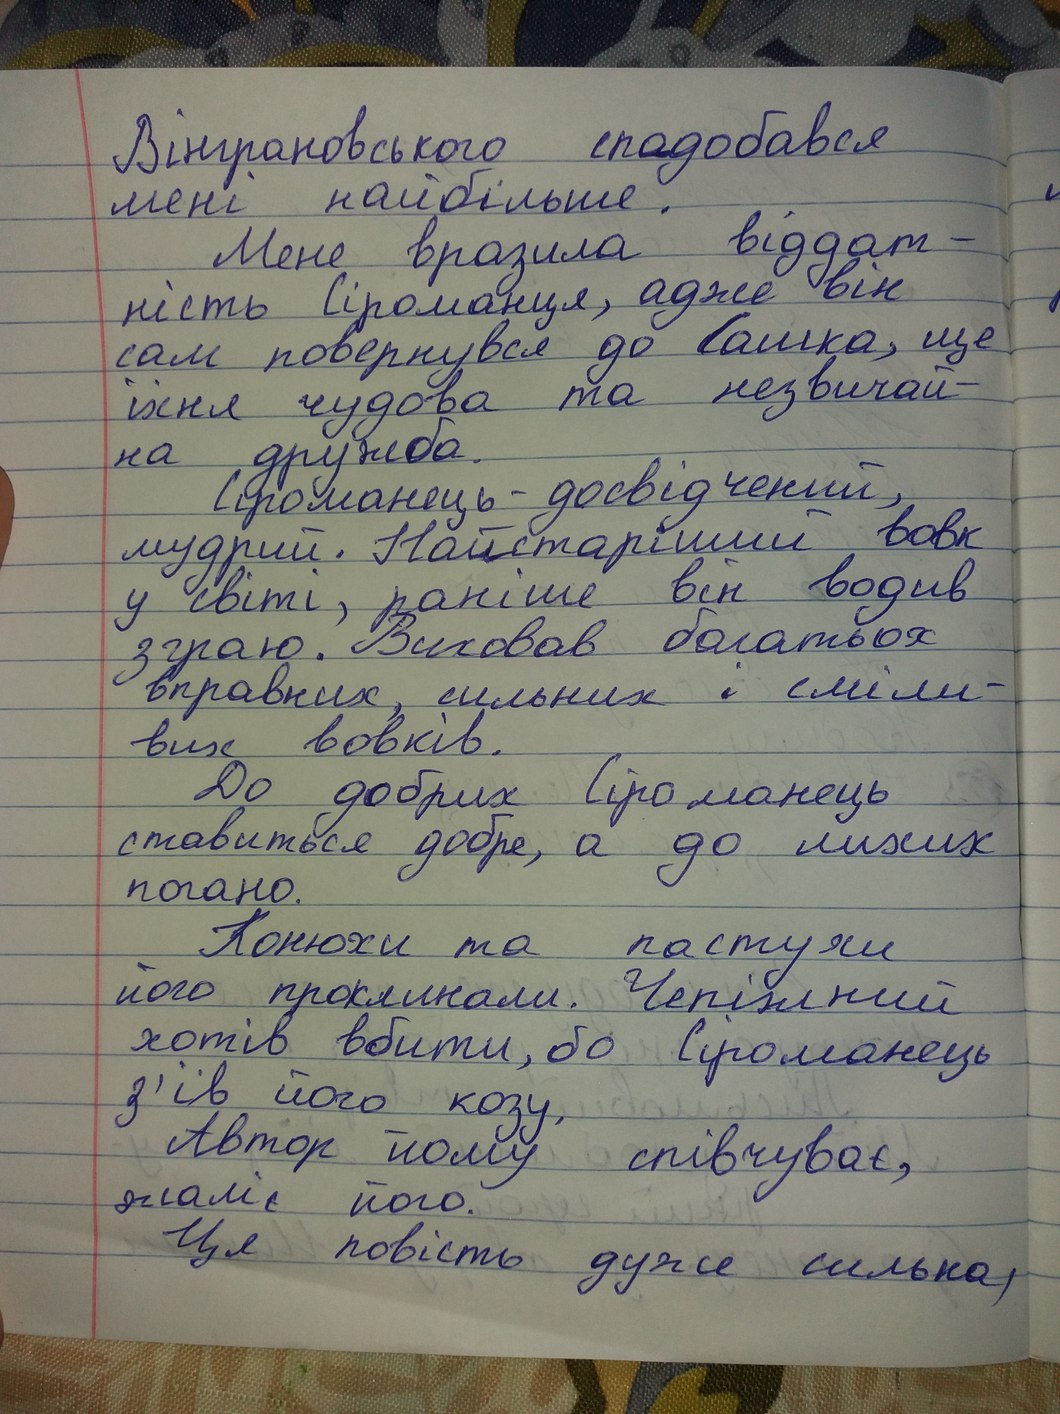
Вінграновського сподобався
мені найбільше.
Мене  вразила віддат-
ність Сіроманця, адже він
сам повернувся до Сашка, ще
їхня чудова та незвичай-
на дружба.
Сіроманець - досвідчений,
мудрий. Найстаріший вовк
у світі, раніше він водив
зграю. Виховав багатьох
вправних, сильних і сміли-
вих вовків.
До добрих Сіроманець
ставиться добре, а до лихих
погано.
Конюхи та пастухи
його проклинали. Чепіжний
хотів вбити, бо Сіроманець
з'їв його козу,
Автор  йому співчуває,
жаліє його.
Ця повість дуже сильна,